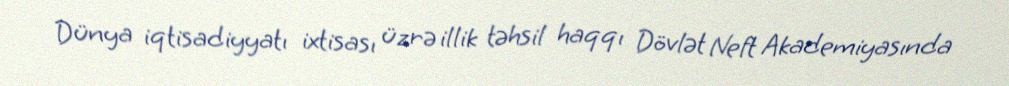
Dünya iqtisadiyyatı ixtisası üzrə illik təhsil haqqı Dövlət Neft Akademiyasında